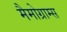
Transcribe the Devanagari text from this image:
मैमोग्राम्स